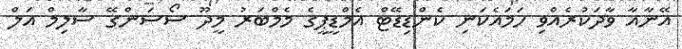
އޭނާއާ ވާދަކުރެއްވި ހަމައެކަނި ކެންޑިޑޭޓް އެމްޑީޕީގެ މެމްބަރު މީދޫ ސޯސަންގޭ ސާލިމް އަލް